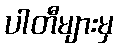
ပါတီများမှ